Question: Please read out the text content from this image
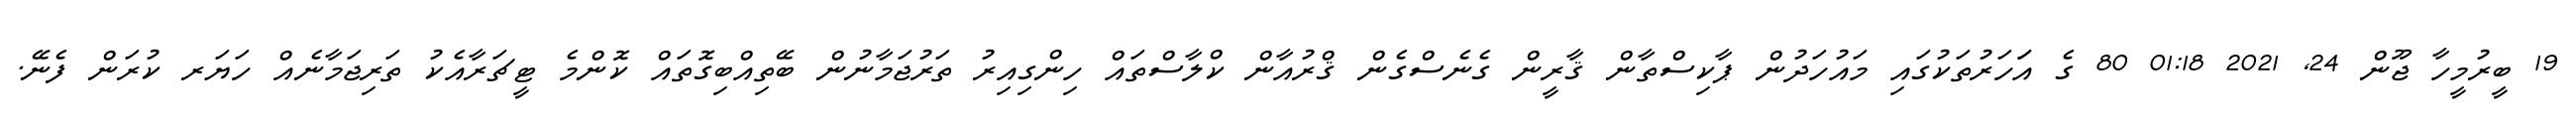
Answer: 19 ބީރުމީހާ ޖޫން 24, 2021 01:18 80 ގެ އަަހަރުތަކުގައި މައުހަދުން ޕާކިސްތާން ޤާރީން ގެނެސްގެން ޤްރުއާން ކްލާސްތައް ހިންގިއިރު ތަރުޖަމާނުން ބޭތިއްބިގޮތައް ކޮންމެ ޓީޗަރާއެކު ތަރިޖަމާނެއް ހަޔަރ ކުރަން ފެނޭ.